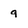
Character: 9